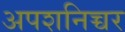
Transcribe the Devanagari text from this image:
अपशनिच्चर